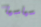
سياسيا